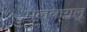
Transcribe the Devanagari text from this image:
मुलबागलू